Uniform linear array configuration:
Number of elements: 48
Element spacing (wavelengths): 0.5
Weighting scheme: hann
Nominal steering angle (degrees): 15
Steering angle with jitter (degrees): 14.983
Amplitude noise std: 0.05
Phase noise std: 0.05

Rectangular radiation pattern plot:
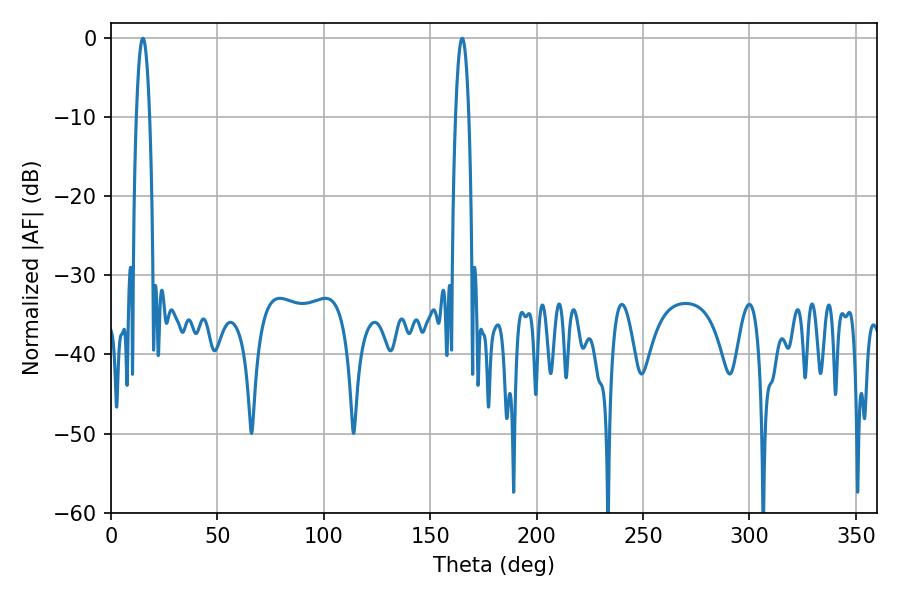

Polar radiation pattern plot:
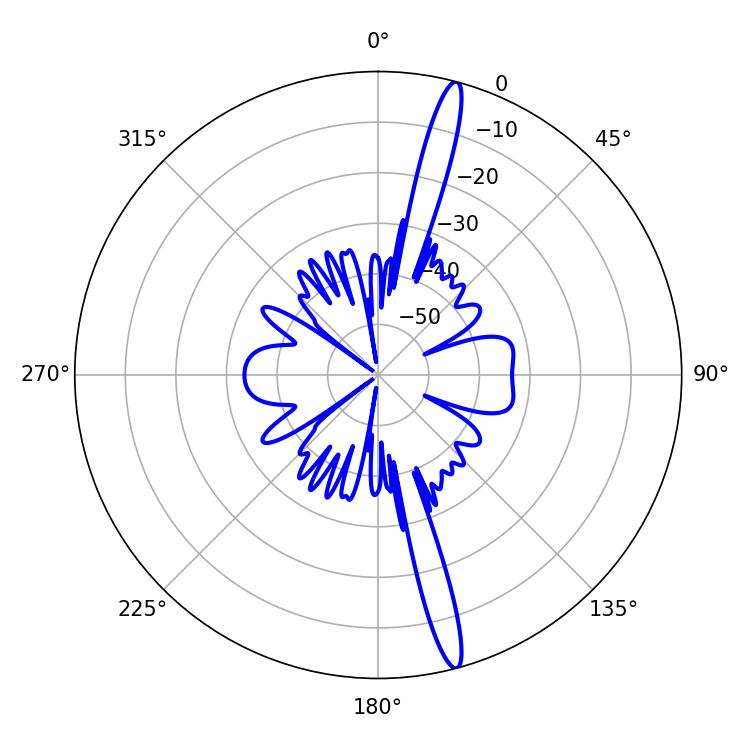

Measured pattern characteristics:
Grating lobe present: FALSE
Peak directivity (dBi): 17.698
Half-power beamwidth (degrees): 3.42
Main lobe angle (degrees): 14.94